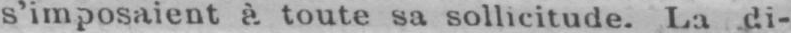
s’imposaient à toute sa sollicitude. La di-